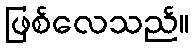
ဖြစ်လေသည်။